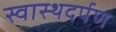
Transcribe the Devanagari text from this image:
स्वास्थदर्पण